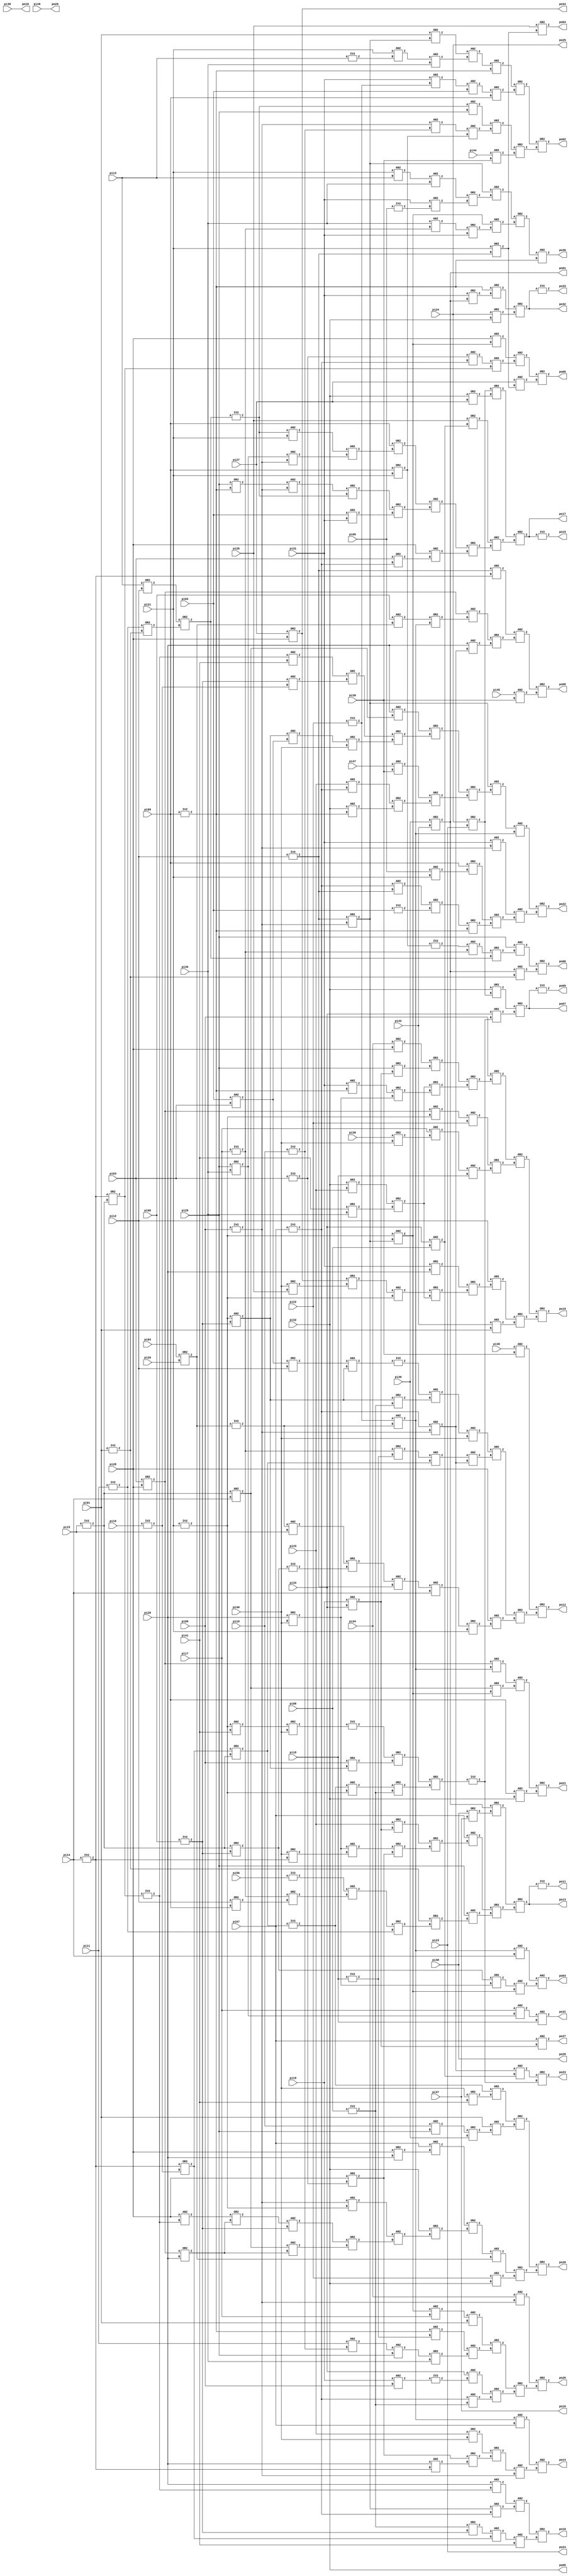
module x1_lev2(pi00, pi01, pi02, pi03, pi04, pi05, pi06, pi07, pi08, pi09, 
	pi10, pi11, pi12, pi13, pi14, pi15, pi16, pi17, pi18, pi19, 
	pi20, pi21, pi22, pi23, pi24, pi25, pi26, pi27, pi28, pi29, 
	pi30, pi31, pi32, pi33, pi34, pi35, pi36, pi37, pi38, pi39, 
	pi40, pi41, pi42, pi43, pi44, pi45, pi46, pi47, pi48, pi49, 
	pi50, po00, po01, po02, po03, po04, po05, po06, po07, po08, 
	po09, po10, po11, po12, po13, po14, po15, po16, po17, po18, 
	po19, po20, po21, po22, po23, po24, po25, po26, po27, po28, 
	po29, po30, po31, po32, po33, po34);

input pi00, pi01, pi02, pi03, pi04, pi05, pi06, pi07, pi08, pi09, 
	pi10, pi11, pi12, pi13, pi14, pi15, pi16, pi17, pi18, pi19, 
	pi20, pi21, pi22, pi23, pi24, pi25, pi26, pi27, pi28, pi29, 
	pi30, pi31, pi32, pi33, pi34, pi35, pi36, pi37, pi38, pi39, 
	pi40, pi41, pi42, pi43, pi44, pi45, pi46, pi47, pi48, pi49, 
	pi50;

output po00, po01, po02, po03, po04, po05, po06, po07, po08, po09, 
	po10, po11, po12, po13, po14, po15, po16, po17, po18, po19, 
	po20, po21, po22, po23, po24, po25, po26, po27, po28, po29, 
	po30, po31, po32, po33, po34;

wire po05, po16, po18, po24, po25, po28, po29, n270, n271, n272, 
	n273, n274, n275, n276, n277, n278, n279, n280, n281, n282, 
	n283, n284, n285, n286, n287, n288, n289, n290, n291, n292, 
	n293, n294, n295, n296, n297, n298, n299, n300, n301, n302, 
	n303, n304, n305, n306, n307, n308, n309, n310, n311, n312, 
	n313, n314, n315, n316, n317, n318, n319, n320, n321, n322, 
	n323, n324, n325, n326, n327, n328, n329, n330, n331, n332, 
	n333, n334, n335, n336, n337, n338, n339, n340, n341, n342, 
	n343, n344, n345, n346, n347, n348, n349, n350, n351, n352, 
	n353, n354, n355, n356, n357, n358, n359, n360, n361, n362, 
	n363, n364, n365, n366, n367, n368, n369, n370, n371, n372, 
	n373, n374, n375, n376, n377, n378, n379, n380, n381, n382, 
	n383, n384, n385, n386, n387, n388, n389, n390, n391, n392, 
	n393, n394, n395, n396, n397, n398, n399, n400, n401, n402, 
	n403, n404, n405, n406, n407, n408, n409, n410, n411, n412, 
	n413, n414, n415, n416, n417, n418, n419, n420, n421, n422, 
	n423, n424, n425, n426, n427, n428, n429, n430, n431, n432, 
	n433, n434, n435, n436, n437, n438, n439, n440, n441, n442, 
	n443, n444, n445, n446, n447, n448, n449, n450, n451, n452, 
	n453, n454, n455, n456, n457, n458, n459, n460, n461, n462, 
	n463, n464, n465, n466, n467, n468, n469, n470, n471, n472, 
	n473, n474, n475, n476, n477, n478, n479, n480, n481, n482, 
	n483, n484, n485, n486, n487, n488, n489, n490, n491, n492, 
	n493, n494, n495, n496, n497, n498, n499, n500, n501, n502, 
	n503, n504, n505, n506, n507, n508, n509, n510, n511, n512, 
	n513, n514, n515, n516, n517, n518, n519, n520, n521, n522, 
	n523, n524, n525, n526, n527, n528, n529, n530, n531, n532, 
	n533;

assign po05 = pi32;

assign po16 = pi37;

assign po18 = pi38;

assign po24 = pi23;

assign po25 = pi24;

assign po28 = pi48;

assign po29 = pi49;

  IV2 U294 ( .A(po32), .Z(po33));
  OR2 U295 ( .A(n270), .B(n271), .Z(po32));
  OR2 U296 ( .A(po25), .B(po05), .Z(n271));
  AN2 U297 ( .A(n272), .B(n273), .Z(n270));
  OR2 U298 ( .A(pi31), .B(po01), .Z(n273));
  AN2 U299 ( .A(n274), .B(pi18), .Z(po31));
  AN2 U300 ( .A(pi17), .B(n275), .Z(n274));
  AN2 U301 ( .A(n276), .B(n272), .Z(po30));
  OR2 U302 ( .A(n277), .B(n278), .Z(n276));
  AN2 U303 ( .A(n279), .B(n280), .Z(n278));
  OR2 U304 ( .A(n281), .B(pi31), .Z(n280));
  AN2 U305 ( .A(pi35), .B(n282), .Z(n281));
  AN2 U306 ( .A(n283), .B(n284), .Z(n277));
  OR2 U307 ( .A(n285), .B(n286), .Z(n284));
  AN2 U308 ( .A(pi31), .B(n287), .Z(n286));
  IV2 U309 ( .A(pi05), .Z(n287));
  AN2 U310 ( .A(n288), .B(pi35), .Z(n285));
  AN2 U311 ( .A(pi21), .B(pi13), .Z(n288));
  AN2 U312 ( .A(pi07), .B(n289), .Z(po27));
  OR2 U313 ( .A(n290), .B(n291), .Z(po26));
  OR2 U314 ( .A(n292), .B(n293), .Z(n291));
  AN2 U315 ( .A(n294), .B(n295), .Z(n293));
  AN2 U316 ( .A(n296), .B(n297), .Z(n295));
  AN2 U317 ( .A(pi33), .B(n298), .Z(n294));
  IV2 U318 ( .A(n299), .Z(n298));
  AN2 U319 ( .A(pi19), .B(pi00), .Z(n299));
  AN2 U320 ( .A(n300), .B(n301), .Z(n292));
  AN2 U321 ( .A(n302), .B(n303), .Z(n301));
  OR2 U322 ( .A(n304), .B(pi35), .Z(n303));
  AN2 U323 ( .A(n305), .B(pi25), .Z(n304));
  AN2 U324 ( .A(pi11), .B(n306), .Z(n305));
  AN2 U325 ( .A(n272), .B(n307), .Z(n302));
  AN2 U326 ( .A(n308), .B(pi01), .Z(n300));
  AN2 U327 ( .A(n279), .B(pi17), .Z(n308));
  AN2 U328 ( .A(pi34), .B(n309), .Z(n290));
  OR2 U329 ( .A(n310), .B(n311), .Z(po23));
  AN2 U330 ( .A(n312), .B(n313), .Z(n310));
  OR2 U331 ( .A(n314), .B(n315), .Z(po22));
  AN2 U332 ( .A(n316), .B(n317), .Z(n315));
  AN2 U333 ( .A(n318), .B(n319), .Z(n317));
  OR2 U334 ( .A(n320), .B(n272), .Z(n319));
  AN2 U335 ( .A(n321), .B(n322), .Z(n320));
  IV2 U336 ( .A(pi02), .Z(n322));
  AN2 U337 ( .A(n296), .B(n323), .Z(n321));
  OR2 U338 ( .A(pi09), .B(n324), .Z(n318));
  AN2 U339 ( .A(pi05), .B(pi21), .Z(n324));
  AN2 U340 ( .A(pi31), .B(n309), .Z(n316));
  AN2 U341 ( .A(n325), .B(n326), .Z(n314));
  AN2 U342 ( .A(n283), .B(n327), .Z(n325));
  OR2 U343 ( .A(n328), .B(n329), .Z(n327));
  OR2 U344 ( .A(n330), .B(n331), .Z(n329));
  OR2 U345 ( .A(n332), .B(n333), .Z(n331));
  AN2 U346 ( .A(po05), .B(n272), .Z(n333));
  AN2 U347 ( .A(pi43), .B(n296), .Z(n332));
  AN2 U348 ( .A(pi47), .B(pi39), .Z(n330));
  OR2 U349 ( .A(n334), .B(n335), .Z(n328));
  OR2 U350 ( .A(n336), .B(n337), .Z(n335));
  AN2 U351 ( .A(n338), .B(pi40), .Z(n337));
  AN2 U352 ( .A(n339), .B(n340), .Z(n338));
  AN2 U353 ( .A(n341), .B(n342), .Z(n336));
  AN2 U354 ( .A(n343), .B(n344), .Z(n342));
  AN2 U355 ( .A(n345), .B(pi41), .Z(n341));
  AN2 U356 ( .A(pi29), .B(n346), .Z(n334));
  OR2 U357 ( .A(n347), .B(n348), .Z(po21));
  AN2 U358 ( .A(pi09), .B(po05), .Z(n348));
  AN2 U359 ( .A(n349), .B(n350), .Z(n347));
  AN2 U360 ( .A(n346), .B(n279), .Z(n350));
  AN2 U361 ( .A(n351), .B(n326), .Z(n349));
  OR2 U362 ( .A(n352), .B(n353), .Z(po20));
  OR2 U363 ( .A(n354), .B(n355), .Z(n353));
  AN2 U364 ( .A(pi22), .B(po05), .Z(n355));
  AN2 U365 ( .A(n356), .B(n357), .Z(n354));
  OR2 U366 ( .A(n358), .B(n359), .Z(n356));
  OR2 U367 ( .A(po05), .B(n360), .Z(n359));
  AN2 U368 ( .A(n361), .B(n362), .Z(n360));
  OR2 U369 ( .A(n363), .B(n364), .Z(n362));
  AN2 U370 ( .A(n346), .B(n365), .Z(n364));
  AN2 U371 ( .A(n366), .B(pi14), .Z(n346));
  AN2 U372 ( .A(n367), .B(n343), .Z(n363));
  OR2 U373 ( .A(n368), .B(n365), .Z(n367));
  OR2 U374 ( .A(n351), .B(pi29), .Z(n365));
  AN2 U375 ( .A(pi28), .B(n345), .Z(n368));
  AN2 U376 ( .A(n309), .B(n369), .Z(n361));
  AN2 U377 ( .A(pi07), .B(n370), .Z(n358));
  OR2 U378 ( .A(pi28), .B(pi29), .Z(n370));
  OR2 U379 ( .A(n371), .B(n372), .Z(n352));
  AN2 U380 ( .A(pi01), .B(n373), .Z(n372));
  OR2 U381 ( .A(n374), .B(pi30), .Z(n373));
  AN2 U382 ( .A(pi10), .B(pi25), .Z(n374));
  AN2 U383 ( .A(n375), .B(n376), .Z(n371));
  OR2 U384 ( .A(pi40), .B(pi41), .Z(n376));
  OR2 U385 ( .A(n377), .B(n378), .Z(po19));
  OR2 U386 ( .A(n379), .B(n380), .Z(n378));
  AN2 U387 ( .A(pi42), .B(pi01), .Z(n380));
  AN2 U388 ( .A(pi12), .B(n381), .Z(n379));
  OR2 U389 ( .A(n382), .B(n383), .Z(n381));
  OR2 U390 ( .A(n384), .B(n385), .Z(n383));
  AN2 U391 ( .A(n386), .B(n369), .Z(n384));
  OR2 U392 ( .A(po34), .B(n387), .Z(n386));
  OR2 U393 ( .A(pi40), .B(pi26), .Z(n387));
  OR2 U394 ( .A(pi27), .B(pi28), .Z(po34));
  OR2 U395 ( .A(pi31), .B(pi29), .Z(n382));
  OR2 U396 ( .A(n388), .B(n389), .Z(n377));
  OR2 U397 ( .A(n390), .B(n391), .Z(n389));
  AN2 U398 ( .A(n392), .B(pi18), .Z(n391));
  AN2 U399 ( .A(pi17), .B(n393), .Z(n392));
  OR2 U400 ( .A(pi36), .B(pi40), .Z(n393));
  AN2 U401 ( .A(n394), .B(pi22), .Z(n390));
  AN2 U402 ( .A(n351), .B(n369), .Z(n394));
  AN2 U403 ( .A(pi00), .B(n395), .Z(n388));
  OR2 U404 ( .A(n396), .B(n397), .Z(n395));
  OR2 U405 ( .A(n385), .B(n398), .Z(n397));
  OR2 U406 ( .A(n399), .B(n400), .Z(n398));
  AN2 U407 ( .A(pi31), .B(n272), .Z(n399));
  OR2 U408 ( .A(n401), .B(n402), .Z(n385));
  OR2 U409 ( .A(pi41), .B(pi35), .Z(n402));
  OR2 U410 ( .A(po05), .B(pi43), .Z(n401));
  OR2 U411 ( .A(n403), .B(n404), .Z(n396));
  OR2 U412 ( .A(pi25), .B(n289), .Z(n404));
  OR2 U413 ( .A(pi34), .B(pi28), .Z(n403));
  IV2 U414 ( .A(po17), .Z(po15));
  OR2 U415 ( .A(n405), .B(n406), .Z(po17));
  OR2 U416 ( .A(n407), .B(n408), .Z(n406));
  OR2 U417 ( .A(n409), .B(n410), .Z(n408));
  AN2 U418 ( .A(pi28), .B(n411), .Z(n410));
  OR2 U419 ( .A(pi03), .B(n296), .Z(n411));
  AN2 U420 ( .A(n412), .B(n413), .Z(n409));
  OR2 U421 ( .A(n414), .B(n415), .Z(n413));
  AN2 U422 ( .A(pi02), .B(pi31), .Z(n415));
  AN2 U423 ( .A(n416), .B(n417), .Z(n414));
  AN2 U424 ( .A(n418), .B(n309), .Z(n416));
  OR2 U425 ( .A(pi25), .B(n272), .Z(n418));
  OR2 U426 ( .A(pi09), .B(n419), .Z(n412));
  AN2 U427 ( .A(n420), .B(n421), .Z(n419));
  AN2 U428 ( .A(n275), .B(n309), .Z(n421));
  OR2 U429 ( .A(pi25), .B(pi35), .Z(n275));
  AN2 U430 ( .A(n417), .B(pi21), .Z(n420));
  OR2 U431 ( .A(pi26), .B(n313), .Z(n407));
  AN2 U432 ( .A(pi33), .B(pi08), .Z(n313));
  OR2 U433 ( .A(n422), .B(n423), .Z(n405));
  OR2 U434 ( .A(po05), .B(pi27), .Z(n423));
  AN2 U435 ( .A(n424), .B(n425), .Z(po14));
  AN2 U436 ( .A(n426), .B(n309), .Z(n425));
  OR2 U437 ( .A(n427), .B(n428), .Z(n426));
  OR2 U438 ( .A(n429), .B(n430), .Z(n428));
  AN2 U439 ( .A(pi29), .B(n431), .Z(n430));
  OR2 U440 ( .A(pi43), .B(pi40), .Z(n427));
  AN2 U441 ( .A(n326), .B(pi07), .Z(n424));
  OR2 U442 ( .A(n432), .B(n433), .Z(po12));
  OR2 U443 ( .A(n434), .B(n435), .Z(n433));
  AN2 U444 ( .A(pi28), .B(n436), .Z(n435));
  OR2 U445 ( .A(n437), .B(pi21), .Z(n436));
  AN2 U446 ( .A(n438), .B(pi14), .Z(n437));
  AN2 U447 ( .A(n439), .B(n323), .Z(n438));
  OR2 U448 ( .A(n440), .B(n441), .Z(n439));
  IV2 U449 ( .A(n442), .Z(n441));
  AN2 U450 ( .A(n443), .B(pi15), .Z(n440));
  AN2 U451 ( .A(n444), .B(n445), .Z(n434));
  AN2 U452 ( .A(n446), .B(n312), .Z(n445));
  AN2 U453 ( .A(n447), .B(n448), .Z(n446));
  OR2 U454 ( .A(n282), .B(n307), .Z(n447));
  IV2 U455 ( .A(pi18), .Z(n307));
  AN2 U456 ( .A(n449), .B(pi40), .Z(n444));
  AN2 U457 ( .A(n450), .B(n451), .Z(n449));
  OR2 U458 ( .A(n339), .B(n297), .Z(n451));
  IV2 U459 ( .A(n452), .Z(n450));
  AN2 U460 ( .A(n453), .B(n339), .Z(n452));
  OR2 U461 ( .A(n340), .B(pi12), .Z(n453));
  AN2 U462 ( .A(pi02), .B(pi03), .Z(n340));
  AN2 U463 ( .A(pi46), .B(pi39), .Z(n432));
  IV2 U464 ( .A(po13), .Z(po11));
  OR2 U465 ( .A(n454), .B(n455), .Z(po13));
  OR2 U466 ( .A(n456), .B(n457), .Z(n455));
  AN2 U467 ( .A(pi25), .B(n458), .Z(n457));
  OR2 U468 ( .A(n459), .B(n460), .Z(n458));
  OR2 U469 ( .A(n461), .B(n462), .Z(n460));
  AN2 U470 ( .A(n463), .B(n464), .Z(n461));
  OR2 U471 ( .A(n282), .B(n465), .Z(n464));
  OR2 U472 ( .A(pi12), .B(pi09), .Z(n465));
  IV2 U473 ( .A(pi50), .Z(n463));
  AN2 U474 ( .A(pi07), .B(n466), .Z(n456));
  OR2 U475 ( .A(n467), .B(n468), .Z(n466));
  OR2 U476 ( .A(n469), .B(n429), .Z(n468));
  AN2 U477 ( .A(pi28), .B(n470), .Z(n429));
  AN2 U478 ( .A(n400), .B(n471), .Z(n469));
  OR2 U479 ( .A(pi40), .B(n431), .Z(n471));
  OR2 U480 ( .A(pi43), .B(n289), .Z(n467));
  AN2 U481 ( .A(pi19), .B(pi33), .Z(n289));
  OR2 U482 ( .A(po01), .B(n472), .Z(n454));
  OR2 U483 ( .A(po28), .B(po16), .Z(n472));
  OR2 U484 ( .A(n473), .B(n474), .Z(po10));
  AN2 U485 ( .A(n475), .B(pi41), .Z(n474));
  AN2 U486 ( .A(n476), .B(n477), .Z(n475));
  OR2 U487 ( .A(n297), .B(n343), .Z(n476));
  AN2 U488 ( .A(n478), .B(n479), .Z(n473));
  AN2 U489 ( .A(n283), .B(n296), .Z(n479));
  AN2 U490 ( .A(pi29), .B(n345), .Z(n478));
  IV2 U491 ( .A(n480), .Z(n345));
  IV2 U492 ( .A(po07), .Z(po09));
  OR2 U493 ( .A(n481), .B(n482), .Z(po08));
  AN2 U494 ( .A(pi45), .B(pi39), .Z(n482));
  AN2 U495 ( .A(n483), .B(n484), .Z(n481));
  OR2 U496 ( .A(n485), .B(n486), .Z(n484));
  AN2 U497 ( .A(pi29), .B(n312), .Z(n486));
  AN2 U498 ( .A(n296), .B(n309), .Z(n312));
  AN2 U499 ( .A(n351), .B(n487), .Z(n485));
  OR2 U500 ( .A(n488), .B(n326), .Z(n487));
  AN2 U501 ( .A(pi06), .B(n357), .Z(n488));
  AN2 U502 ( .A(pi03), .B(pi28), .Z(n351));
  AN2 U503 ( .A(n323), .B(n431), .Z(n483));
  OR2 U504 ( .A(n489), .B(n490), .Z(po07));
  OR2 U505 ( .A(pi33), .B(n311), .Z(n490));
  IV2 U506 ( .A(n491), .Z(n311));
  OR2 U507 ( .A(n492), .B(n493), .Z(n491));
  OR2 U508 ( .A(n494), .B(n297), .Z(n493));
  IV2 U509 ( .A(pi08), .Z(n297));
  AN2 U510 ( .A(n375), .B(n369), .Z(n494));
  IV2 U511 ( .A(n448), .Z(n375));
  OR2 U512 ( .A(n477), .B(n366), .Z(n448));
  OR2 U513 ( .A(n431), .B(n344), .Z(n477));
  IV2 U514 ( .A(pi16), .Z(n344));
  OR2 U515 ( .A(n495), .B(n496), .Z(n492));
  OR2 U516 ( .A(pi00), .B(n339), .Z(n496));
  AN2 U517 ( .A(n369), .B(n343), .Z(n339));
  IV2 U518 ( .A(n497), .Z(n495));
  OR2 U519 ( .A(n498), .B(pi40), .Z(n497));
  AN2 U520 ( .A(n369), .B(pi41), .Z(n498));
  OR2 U521 ( .A(po05), .B(n422), .Z(n489));
  OR2 U522 ( .A(po25), .B(po24), .Z(n422));
  OR2 U523 ( .A(n499), .B(n500), .Z(po06));
  AN2 U524 ( .A(pi27), .B(n501), .Z(n500));
  AN2 U525 ( .A(n502), .B(n503), .Z(n499));
  AN2 U526 ( .A(n504), .B(n480), .Z(n503));
  OR2 U527 ( .A(n431), .B(n366), .Z(n480));
  IV2 U528 ( .A(pi14), .Z(n431));
  AN2 U529 ( .A(n470), .B(n296), .Z(n504));
  IV2 U530 ( .A(pi07), .Z(n296));
  IV2 U531 ( .A(pi03), .Z(n470));
  AN2 U532 ( .A(pi28), .B(n279), .Z(n502));
  AN2 U533 ( .A(pi26), .B(n501), .Z(po04));
  OR2 U534 ( .A(pi21), .B(n323), .Z(n501));
  AN2 U535 ( .A(n505), .B(n506), .Z(po03));
  AN2 U536 ( .A(n507), .B(n279), .Z(n506));
  AN2 U537 ( .A(n369), .B(n283), .Z(n279));
  IV2 U538 ( .A(pi21), .Z(n369));
  AN2 U539 ( .A(n442), .B(n400), .Z(n507));
  OR2 U540 ( .A(pi29), .B(pi40), .Z(n400));
  OR2 U541 ( .A(n366), .B(n343), .Z(n442));
  IV2 U542 ( .A(pi06), .Z(n343));
  IV2 U543 ( .A(pi15), .Z(n366));
  AN2 U544 ( .A(n326), .B(pi14), .Z(n505));
  AN2 U545 ( .A(n508), .B(n443), .Z(n326));
  IV2 U546 ( .A(n357), .Z(n443));
  OR2 U547 ( .A(pi04), .B(pi20), .Z(n357));
  OR2 U548 ( .A(n509), .B(n510), .Z(po02));
  OR2 U549 ( .A(n511), .B(n512), .Z(n510));
  AN2 U550 ( .A(pi44), .B(pi39), .Z(n512));
  AN2 U551 ( .A(n513), .B(n514), .Z(n511));
  AN2 U552 ( .A(n515), .B(n516), .Z(n514));
  AN2 U553 ( .A(n309), .B(n306), .Z(n515));
  IV2 U554 ( .A(pi10), .Z(n306));
  AN2 U555 ( .A(n417), .B(pi25), .Z(n513));
  IV2 U556 ( .A(n517), .Z(n417));
  OR2 U557 ( .A(n518), .B(n519), .Z(n509));
  AN2 U558 ( .A(n520), .B(pi09), .Z(n519));
  AN2 U559 ( .A(n521), .B(pi02), .Z(n520));
  AN2 U560 ( .A(pi31), .B(n508), .Z(n521));
  IV2 U561 ( .A(pi22), .Z(n508));
  AN2 U562 ( .A(n522), .B(n272), .Z(n518));
  IV2 U563 ( .A(pi09), .Z(n272));
  AN2 U564 ( .A(n523), .B(n524), .Z(n522));
  AN2 U565 ( .A(n525), .B(pi35), .Z(n524));
  AN2 U566 ( .A(pi21), .B(n526), .Z(n525));
  IV2 U567 ( .A(pi13), .Z(n526));
  AN2 U568 ( .A(pi01), .B(n283), .Z(n523));
  AN2 U569 ( .A(n323), .B(n309), .Z(n283));
  IV2 U570 ( .A(pi00), .Z(n309));
  IV2 U571 ( .A(pi12), .Z(n323));
  OR2 U572 ( .A(n527), .B(n528), .Z(po00));
  AN2 U573 ( .A(po01), .B(n459), .Z(n528));
  OR2 U574 ( .A(pi30), .B(pi42), .Z(po01));
  AN2 U575 ( .A(pi25), .B(n529), .Z(n527));
  OR2 U576 ( .A(n530), .B(n517), .Z(n529));
  OR2 U577 ( .A(n531), .B(n532), .Z(n517));
  OR2 U578 ( .A(n462), .B(n459), .Z(n532));
  IV2 U579 ( .A(pi01), .Z(n459));
  IV2 U580 ( .A(pi11), .Z(n462));
  OR2 U581 ( .A(pi13), .B(pi12), .Z(n531));
  AN2 U582 ( .A(n533), .B(n282), .Z(n530));
  IV2 U583 ( .A(pi17), .Z(n282));
  IV2 U584 ( .A(n516), .Z(n533));
  OR2 U585 ( .A(pi09), .B(pi21), .Z(n516));

endmodule

module IV2(A,  Z);
  input A;
  output Z;

  assign Z = ~A;
endmodule

module AN2(A,  B,  Z);
  input A,  B;
  output Z;

  assign Z = A & B;
endmodule

module OR2(A,  B,  Z);
  input A,  B;
  output Z;

  assign Z = A | B;
endmodule